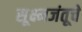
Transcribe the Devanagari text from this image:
सूक्ष्मजंतूचे